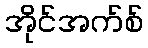
အိုင်အက်စ်